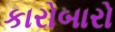
કારોબારો